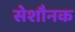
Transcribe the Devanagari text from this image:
सेशौनक